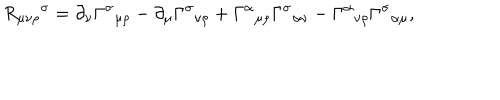
{ R _ { \mu \nu \rho } } ^ { \sigma } = \partial _ { \nu } { \Gamma ^ { \sigma } } _ { \mu \rho } - \partial _ { \mu } { \Gamma ^ { \sigma } } _ { \nu \rho } + { \Gamma ^ { \alpha } } _ { \mu \rho } { \Gamma ^ { \sigma } } _ { \alpha \nu } - { \Gamma ^ { \alpha } } _ { \nu \rho } { \Gamma ^ { \sigma } } _ { \alpha \mu } ,